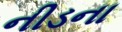
નીડના